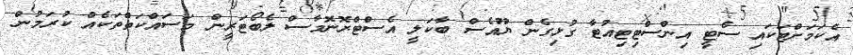
އެކަމަށްޓަކައި ސެޓީ އިންސްޓިޓިއުޓާ ގުޅިގެން ޔޫއެސް ބާކަލީ އެސްޓްރޮނޮމާސް ލެބޯޓަރީން މަސައްކަތްތަކެއް ކުރަމުން